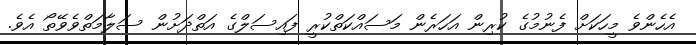
އެހެންވެ މީހަކަށް ފެނުމުގެ ކުރިން އަހަރެން މަސައްކަތްކުރީ ފައިސަލްގެ އަތްދަށުން ސަލާމަތްވެވޭތޯ އެވެ.